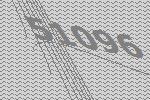
51096